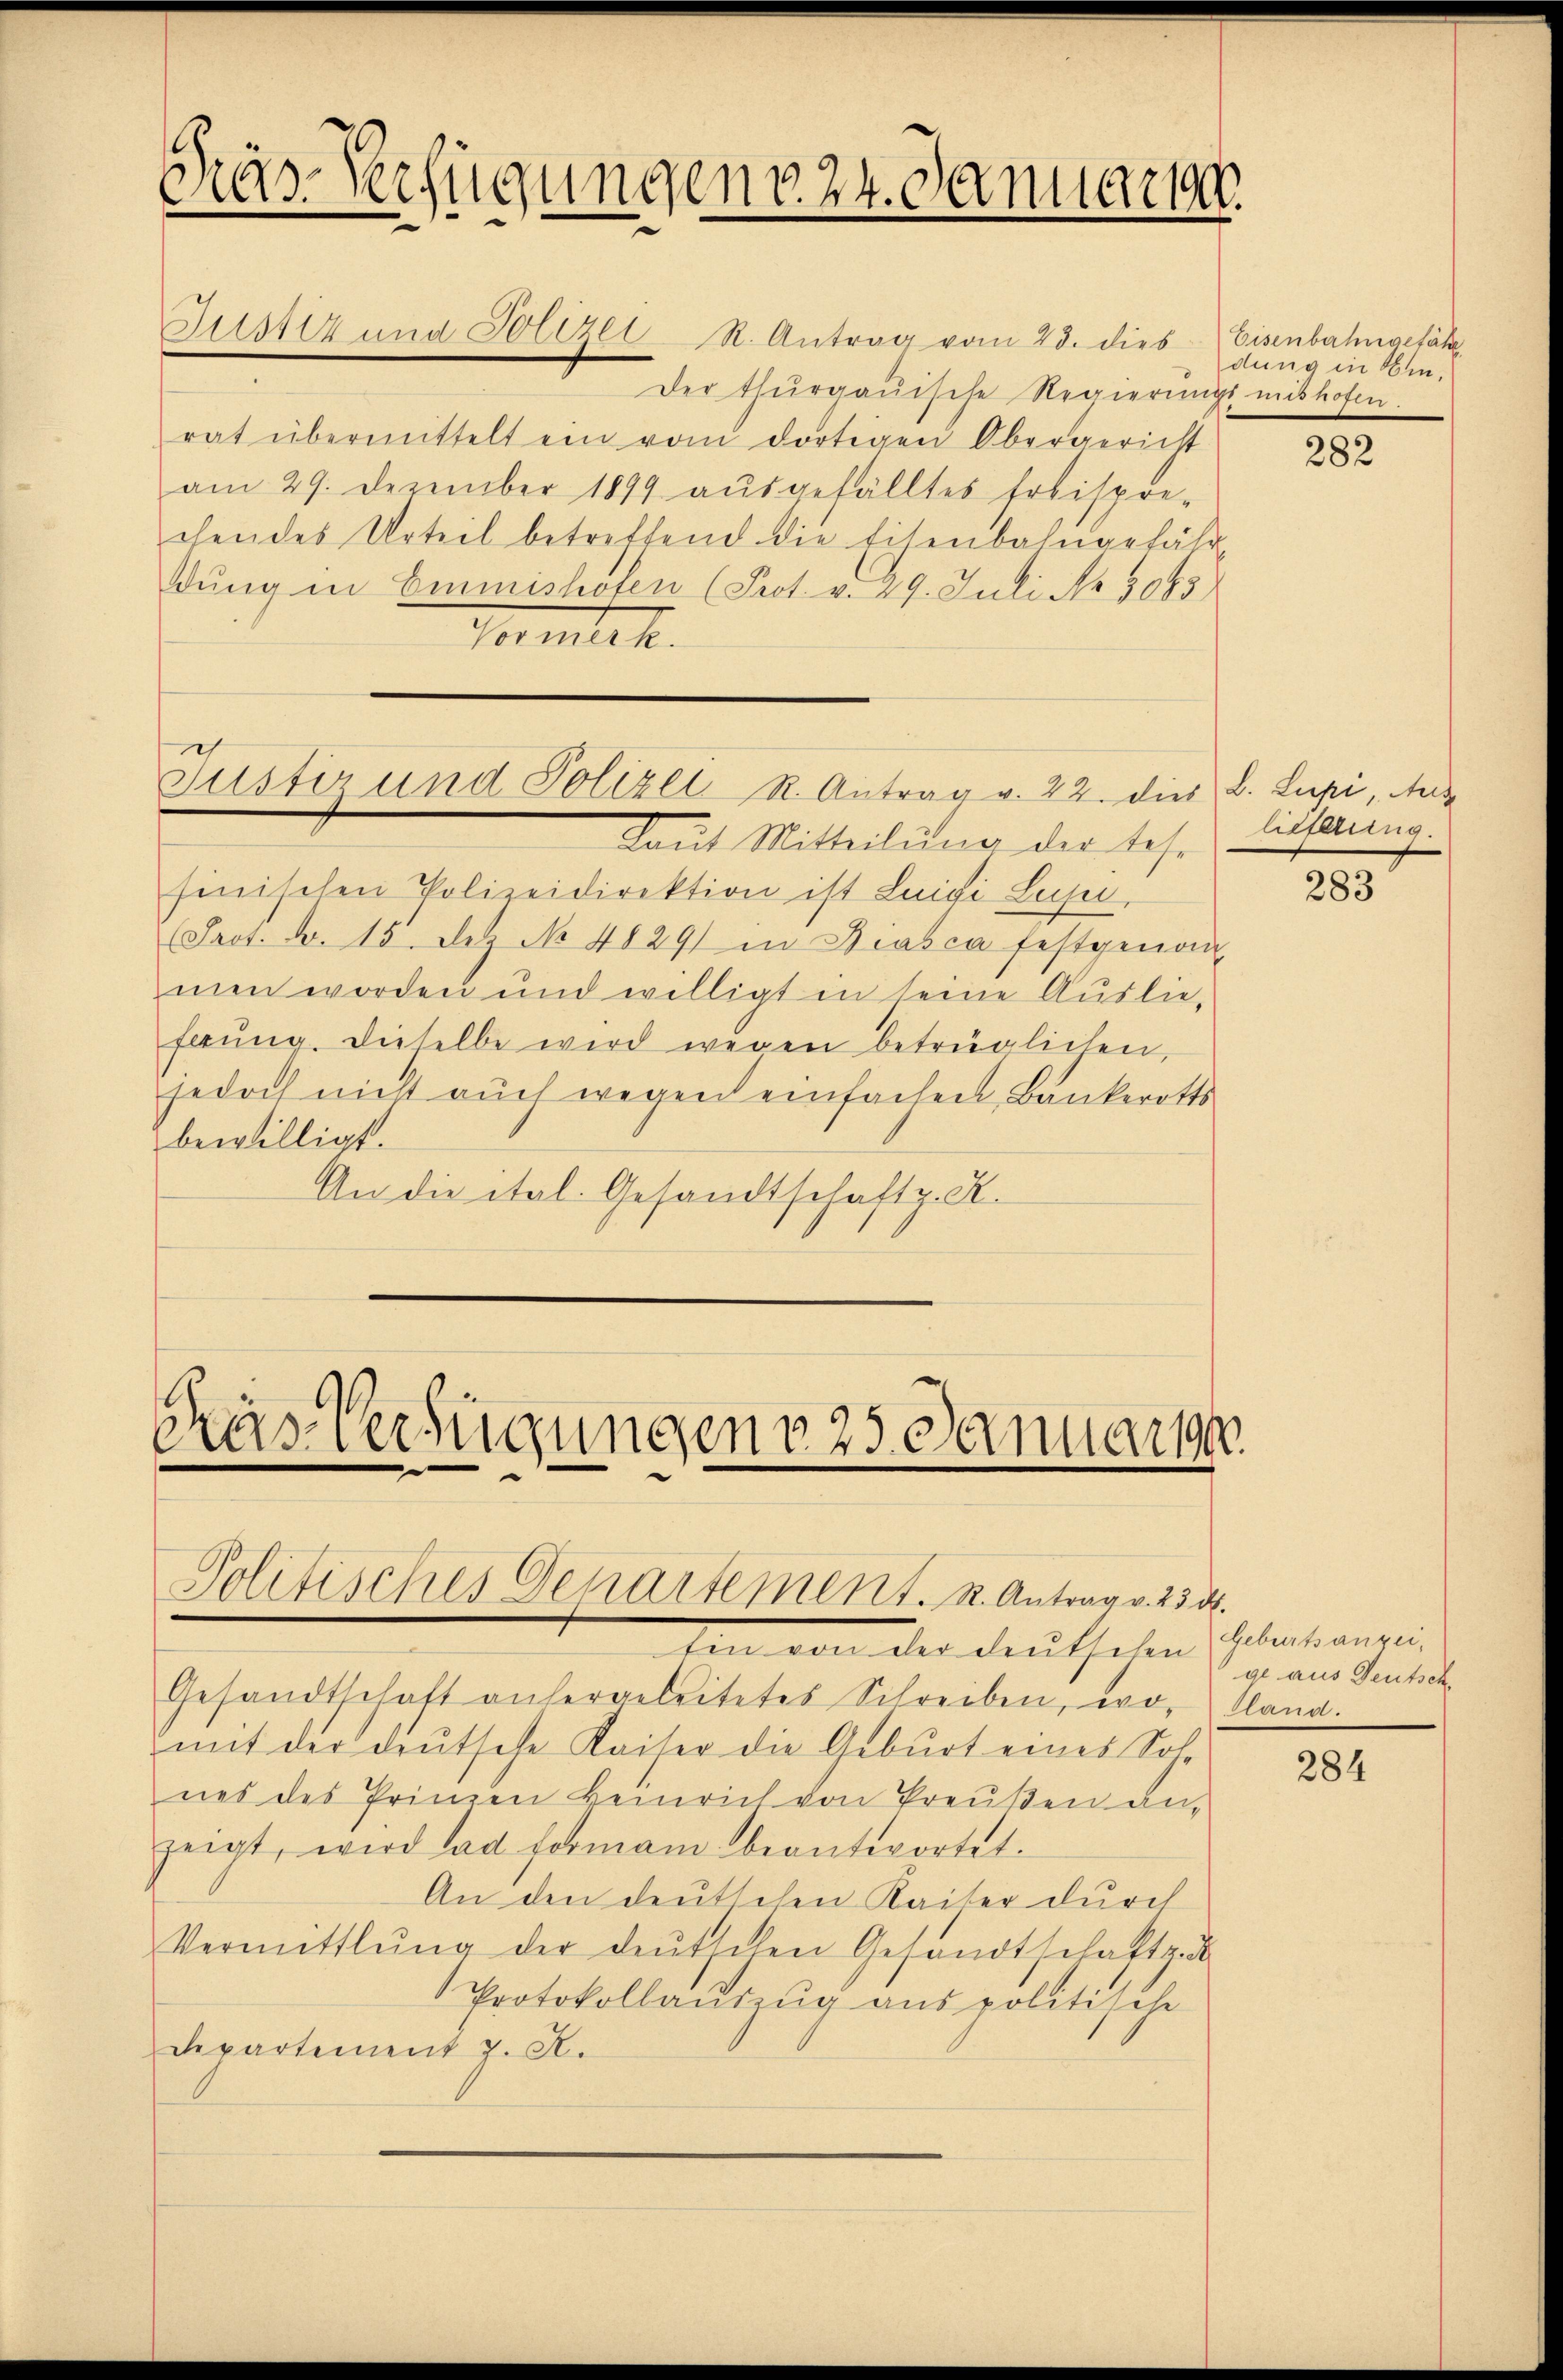
Pras-Verfügungen v. 24. Januar 1

Justiz und Polizei R. Antrag vom 23. dies Eisenbahngefähr
der thurgauische Regierungsmithofen.
rat übermittelt ein vom dortigen Obergericht
am 29. Dezember 1899 aŭsgefälltes Erbispre-
chendes Urteil betreffend die Eisenbahngefähr
dung in Emmishöfen (Prot. v. 29. Juli Nr. 3085)
Vormerk.

Justiz und Polizei R. Antrag v. 22. dies L. Lupi, Aus

Das Verfügungen v. 25. Januar
Politisches Departement. 2. Antrag v. 234.

Laut Mitteilung der lese
sinischen Polizeidirektion ist Luigi Luise,
(Srot. Nr. 15. Dez No. 4829 in Biasca festgenom
men worden und willigt in seine Auslie¬
Erŭng dieselbe wird wegen betrüglichen,
jedoch nicht aŭch wegen einfachen Bankerotts
bewilligt.
An die ital. Gesandtschaft. K.

Gesandtschaft anhergeleitetes Schreiben, wo-
mit der deutsche Kaiser die Geburt eines Sol
nes des Prinzen Heinrich von Preußen an-
zeigt, wird ad forman beantwortet.
An den deutschen Kaiser durch
Vermittlung der deutschen Gesandtschaft.
Protokollaŭszŭg ans politische
departement J. A.

Ein von der deutschen Gelenhausein,

dung in Ein¬

282

lieferung.

283

ge aus Deutsch
a

284